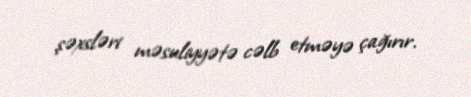
şəxsləri məsuliyyətə cəlb etməyə çağırır.